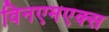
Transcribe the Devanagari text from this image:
विनएमएक्स